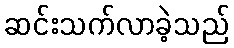
ဆင်းသက်လာခဲ့သည်